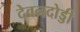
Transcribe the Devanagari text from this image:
देवनदोड्डी